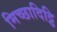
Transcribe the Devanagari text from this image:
मिच्छादिट्ठि